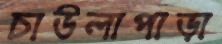
চাউলাপাড়া